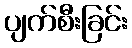
ပျက်စီးခြင်း